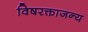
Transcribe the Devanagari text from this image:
विषरक्ताजन्य